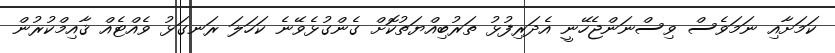
ކަމަށާއި ނަމަވެސް ވިސްނަންޖެހޭނީ އެދަރިފުޅު ތަރުބިއްޔަތުކޮށް ގެންގުޅެވޭނެ ކަހަލަ ރަނގަޅު ވެއްޓެއް ޤާއިމްކުރުން